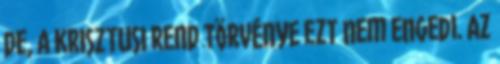
De, a KRISZTUSI REND TÖRVÉNYE ezt nem engedi. Az